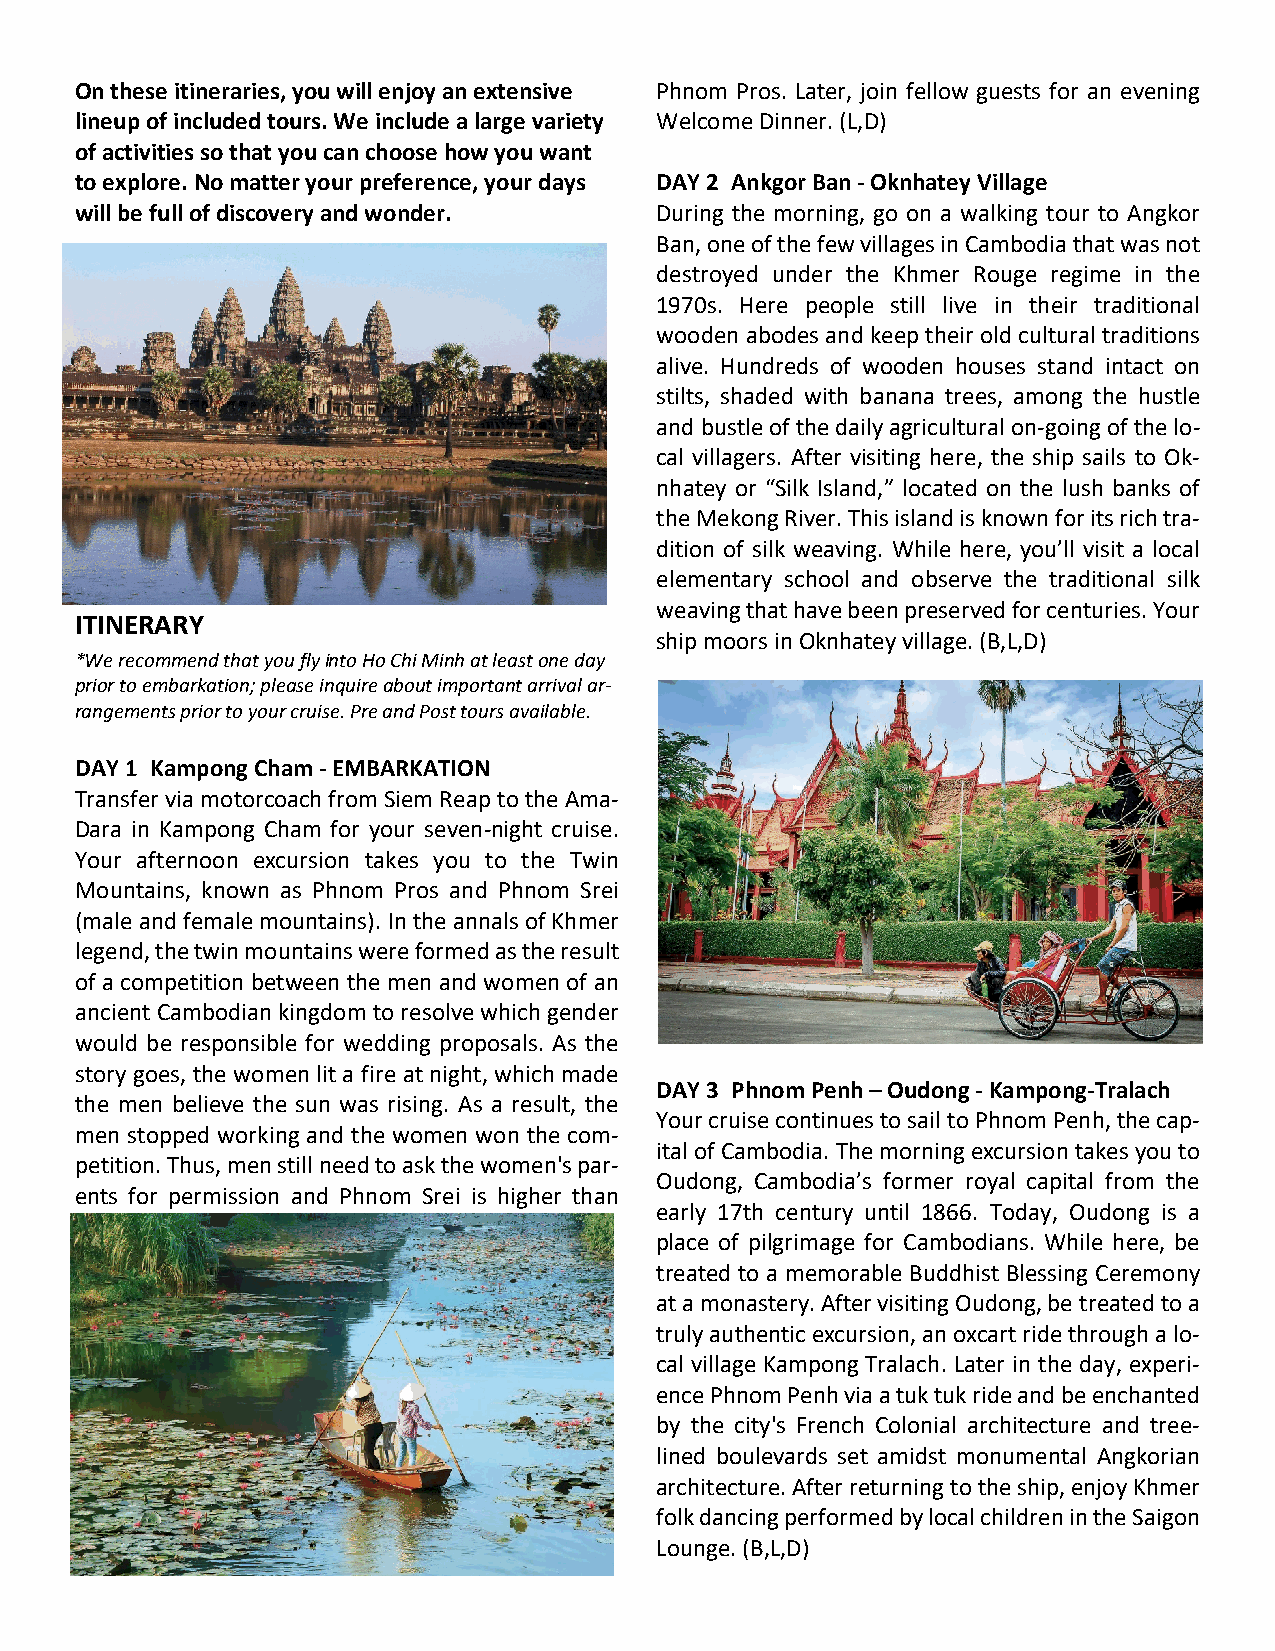
On these itineraries, you will enjoy an extensive Phnom Pros. Later, join fellow guests for an evening
 lineup of included tours. We include a large variety Welcome Dinner. (L,D)
 of activities so that you can choose how you want
 to explore. No matter your preference, your days DAY 2 Ankgor Ban - Oknhatey Village
 will be full of discovery and wonder. During the morning, go on a walking tour to Angkor
 Ban, one of the few villages in Cambodia that was not
 destroyed under the Khmer Rouge regime in the
 1970s. Here people still live in their traditional
 wooden abodes and keep their old cultural traditions
 alive. Hundreds of wooden houses stand intact on
 stilts, shaded with banana trees, among the hustle
 and bustle of the daily agricultural on-going of the lo-
 cal villagers. After visiting here, the ship sails to Ok-
 nhatey or “Silk Island,” located on the lush banks of
 the Mekong River. This island is known for its rich tra-
 dition of silk weaving. While here, you’ll visit a local
 elementary school and observe the traditional silk
 weaving that have been preserved for centuries. Your
 ITINERARY
 ship moors in Oknhatey village. (B,L,D)
 *We recommend that you fly into Ho Chi Minh at least one day
 prior to embarkation; please inquire about important arrival ar-
 rangements prior to your cruise. Pre and Post tours available.
 DAY 1 Kampong Cham - EMBARKATION
 Transfer via motorcoach from Siem Reap to the Ama-
 Dara in Kampong Cham for your seven-night cruise.
 Your afternoon excursion takes you to the Twin
 Mountains, known as Phnom Pros and Phnom Srei
 (male and female mountains). In the annals of Khmer
 legend, the twin mountains were formed as the result
 of a competition between the men and women of an
 ancient Cambodian kingdom to resolve which gender
 would be responsible for wedding proposals. As the
 story goes, the women lit a fire at night, which made
 DAY 3 Phnom Penh – Oudong - Kampong-Tralach
 the men believe the sun was rising. As a result, the
 Your cruise continues to sail to Phnom Penh, the cap-
 men stopped working and the women won the com-
 ital of Cambodia. The morning excursion takes you to
 petition. Thus, men still need to ask the women's par-
 Oudong, Cambodia’s former royal capital from the
 ents for permission and Phnom Srei is higher than
 early 17th century until 1866. Today, Oudong is a
 place of pilgrimage for Cambodians. While here, be
 treated to a memorable Buddhist Blessing Ceremony
 at a monastery. After visiting Oudong, be treated to a
 truly authentic excursion, an oxcart ride through a lo-
 cal village Kampong Tralach. Later in the day, experi-
 ence Phnom Penh via a tuk tuk ride and be enchanted
 by the city's French Colonial architecture and tree-
 lined boulevards set amidst monumental Angkorian
 architecture. After returning to the ship, enjoy Khmer
 folk dancing performed by local children in the Saigon
 Lounge. (B,L,D)